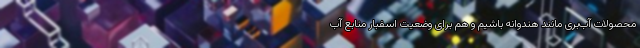
محصولات آب‌بری مانند هندوانه باشیم و هم برای وضعیت اسفبار منابع آب